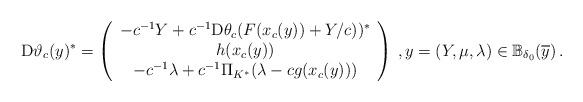
LaTeX: \begin{align*}{\rm D}\vartheta_c (y)^*=\left (\begin{array}{c}-c^{-1}Y+c^{-1}{\rm D}\theta_c(F(x_c(y))+Y/c))^*\\h(x_c(y))\\-c^{-1}\lambda+c^{-1}\Pi_{K^*}(\lambda-c g(x_c(y)))\end{array}\right )\, , y =(Y,\mu,\lambda) \in \mathbb{B}_{\delta_0}(\overline{y})\, .\end{align*}